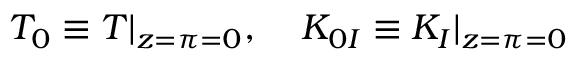
T _ { 0 } \equiv T | _ { z = \pi = 0 } , \; \; \; \; { \cal K } _ { 0 I } \equiv { \cal K } _ { I } | _ { z = \pi = 0 }